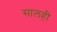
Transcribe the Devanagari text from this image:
सालही